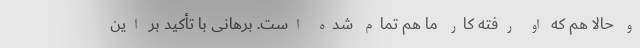
و حالا هم که او رفته کار ما هم تمام شده است. برهانی با تأکید بر این